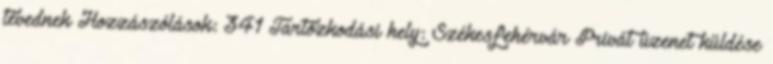
tévednek Hozzászólások: 341 Tartózkodási hely: Székesfehérvár Privát üzenet küldése